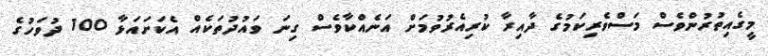
މީގެއިތުރުންވެސް މަސްވެރިކަމުގެ ދާއިރާ ކުރިއެރުވުމަށް އަނެއްކާވެސް ގިނަ ވައުދުތަކެއް އެކަށައަޅާ 100 ދުވަހުގެ